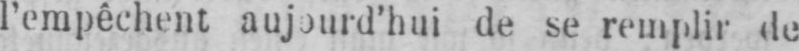
l’empêchent aujourd’hui de se remplir de